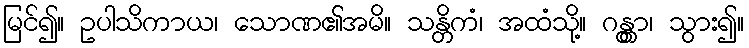
မြင်၍။ ဥပါသိကာယ၊ သောဏ၏အမိ။ သန္တိကံ၊ အထံသို့။ ဂန္တွာ၊ သွား၍။